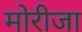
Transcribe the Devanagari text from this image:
मोरीजा